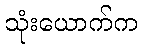
သုံးယောက်က